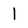
Character: l